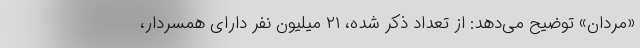
«مردان» توضیح می‌دهد: از تعداد ذکر شده، ۲۱ میلیون نفر دارای همسردار،